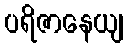
ပရိဇာနေယျ